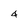
Character: 4